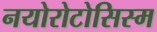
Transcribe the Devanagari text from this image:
नयोरोटोसिस्म